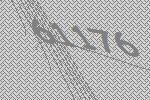
61176